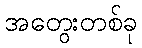
အတွေးတစ်ခု